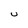
Character: U